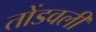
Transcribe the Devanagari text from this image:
तोंडवली